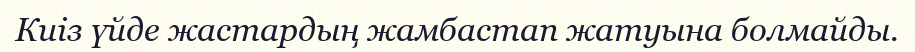
Киіз үйде жастардың жамбастап жатуына болмайды.